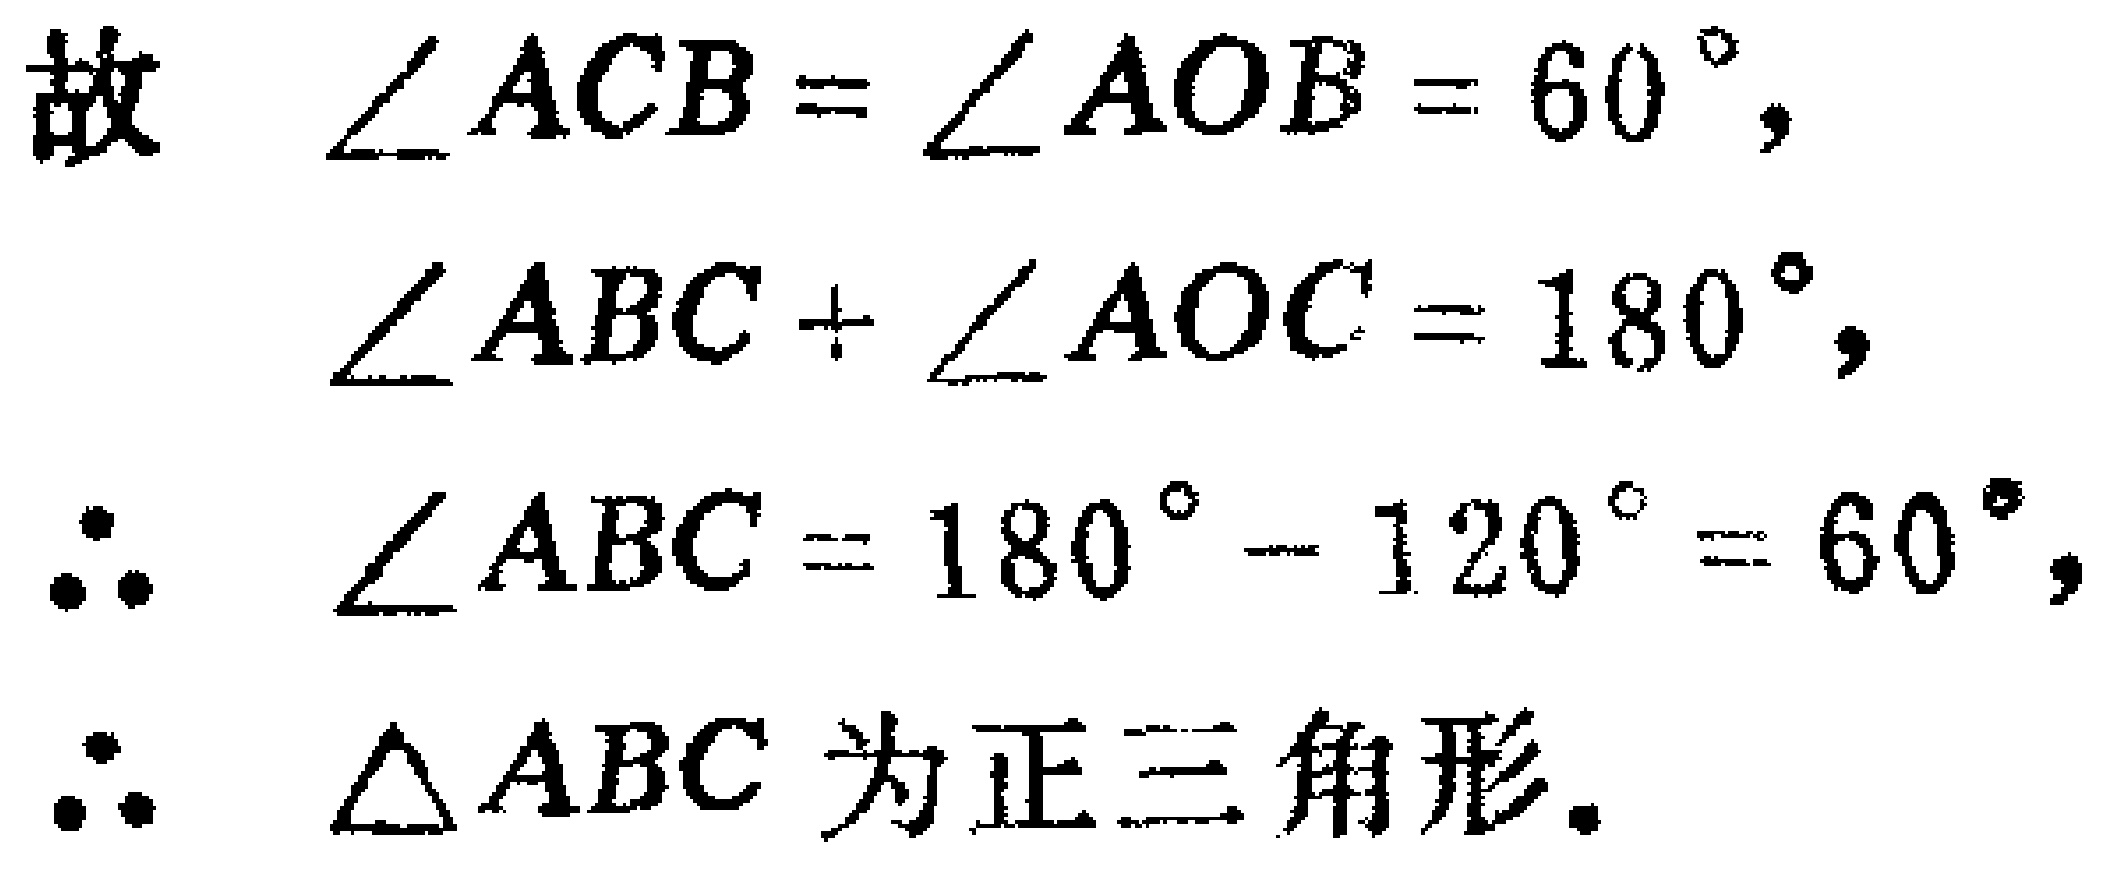
故 $\angle ACB = \angle AOB = 60^{\circ}$,
$\angle ABC+\angle AOC = 180^{\circ}$,
$\therefore \angle ABC = 180^{\circ}-120^{\circ}=60^{\circ}$,
$\therefore \triangle ABC$ 为正三角形.